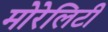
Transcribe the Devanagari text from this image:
मोरेलिटी